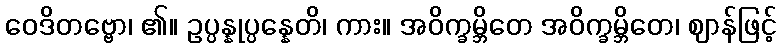
ဝေဒိတဗ္ဗော၊ ၏။ ဥပ္ပန္နုပ္ပန္နေတိ၊ ကား။ အဝိက္ခမ္ဘိတေ အဝိက္ခမ္ဘိတေ၊ ဈာန်ဖြင့်